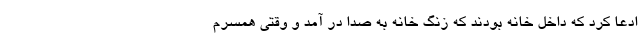
ادعا کرد که داخل خانه بودند که زنگ خانه به صدا در آمد و وقتی همسرم